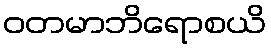
ဝတမာဘိရောစယိ